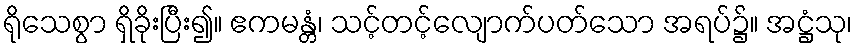
ရိုသေစွာ ရှိခိုးပြီး၍။ ဧကမန္တံ၊ သင့်တင့်လျောက်ပတ်သော အရပ်၌။ အဋ္ဌံသု၊